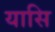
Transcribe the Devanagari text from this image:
यासि